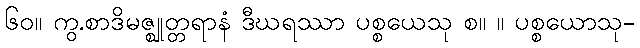
၆၀။ ကွ.စာဒိမဇ္ဈုတ္တရာနံ ဒီဃရဿာ ပစ္စယေသု စ။ ။ ပစ္စယောသု-